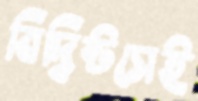
বিদ্বিষ্টসেই